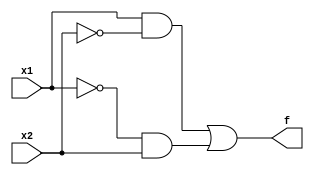
module XOR(x1, x2, f);
	input  x1, x2;
	output  f;
	assign f = ( x1 &  ~x2 )|( ~x1 & x2 );
endmodule